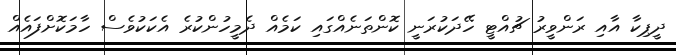
ދީޕިކާ އާއި ރަންވީރު ޗުއްޓީ ހޭދަކުރަނީ ކޮންތަނެއްގައި ކަމެއް ދެމީހުންކުރެ އެކަކުވެސް ހާމަކޮށްފައެއް